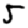
Digit: 5